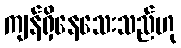
ကျန်ရှိနေသေးသည်ဟု